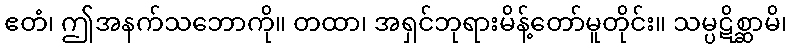
ဧတံ၊ ဤအနက်သဘောကို။ တထာ၊ အရှင်ဘုရားမိန့်တော်မူတိုင်း။ သမ္ပဋိစ္ဆာမိ၊